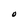
Character: O